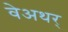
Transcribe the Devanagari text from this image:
वेअथर्